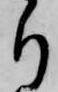
り